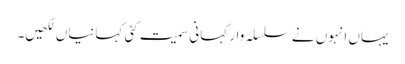
یہاں انہوں نے سلسلہ وار کہانی سمیت کئی کہانیاں لکھیں۔